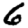
Digit: 6